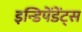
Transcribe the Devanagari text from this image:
इन्डिपेंडेंट्स